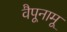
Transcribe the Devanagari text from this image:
वैपूनामू